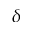
\delta